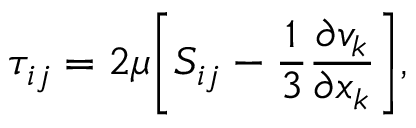
\tau _ { i j } = 2 \mu \bigg [ S _ { i j } - \frac { 1 } { 3 } \frac { \partial v _ { k } } { \partial x _ { k } } \bigg ] ,